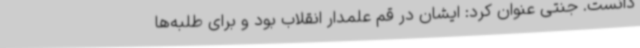
‌دانست. جنتی عنوان کرد: ایشان در قم علمدار انقلاب بود و برای طلبه‌ها